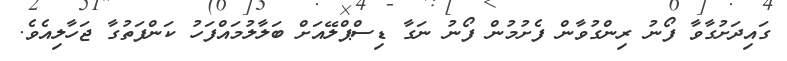
ގައިދަށުގާވާ ފޯނު ރިންގުވާން ފެށުމުން ފޯނު ނަގާ ޑިސްޕްލޭއަށް ބަލާލުމައްފަހު ކަންފަތުގާ ޖަހާލިއެވެ.